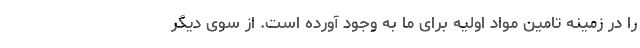
را در زمینه تامین مواد اولیه برای ما به وجود آورده است. از سوی دیگر